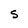
Character: S